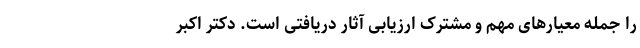
را جمله معیار‌های مهم و مشترک ارزیابی آثار دریافتی است. دکتر اکبر